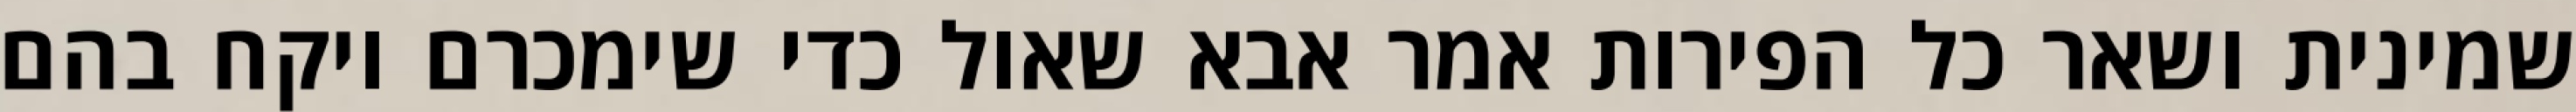
שמינית ושאר כל הפירות אמר אבא שאול כדי שימכרם ויקח בהם